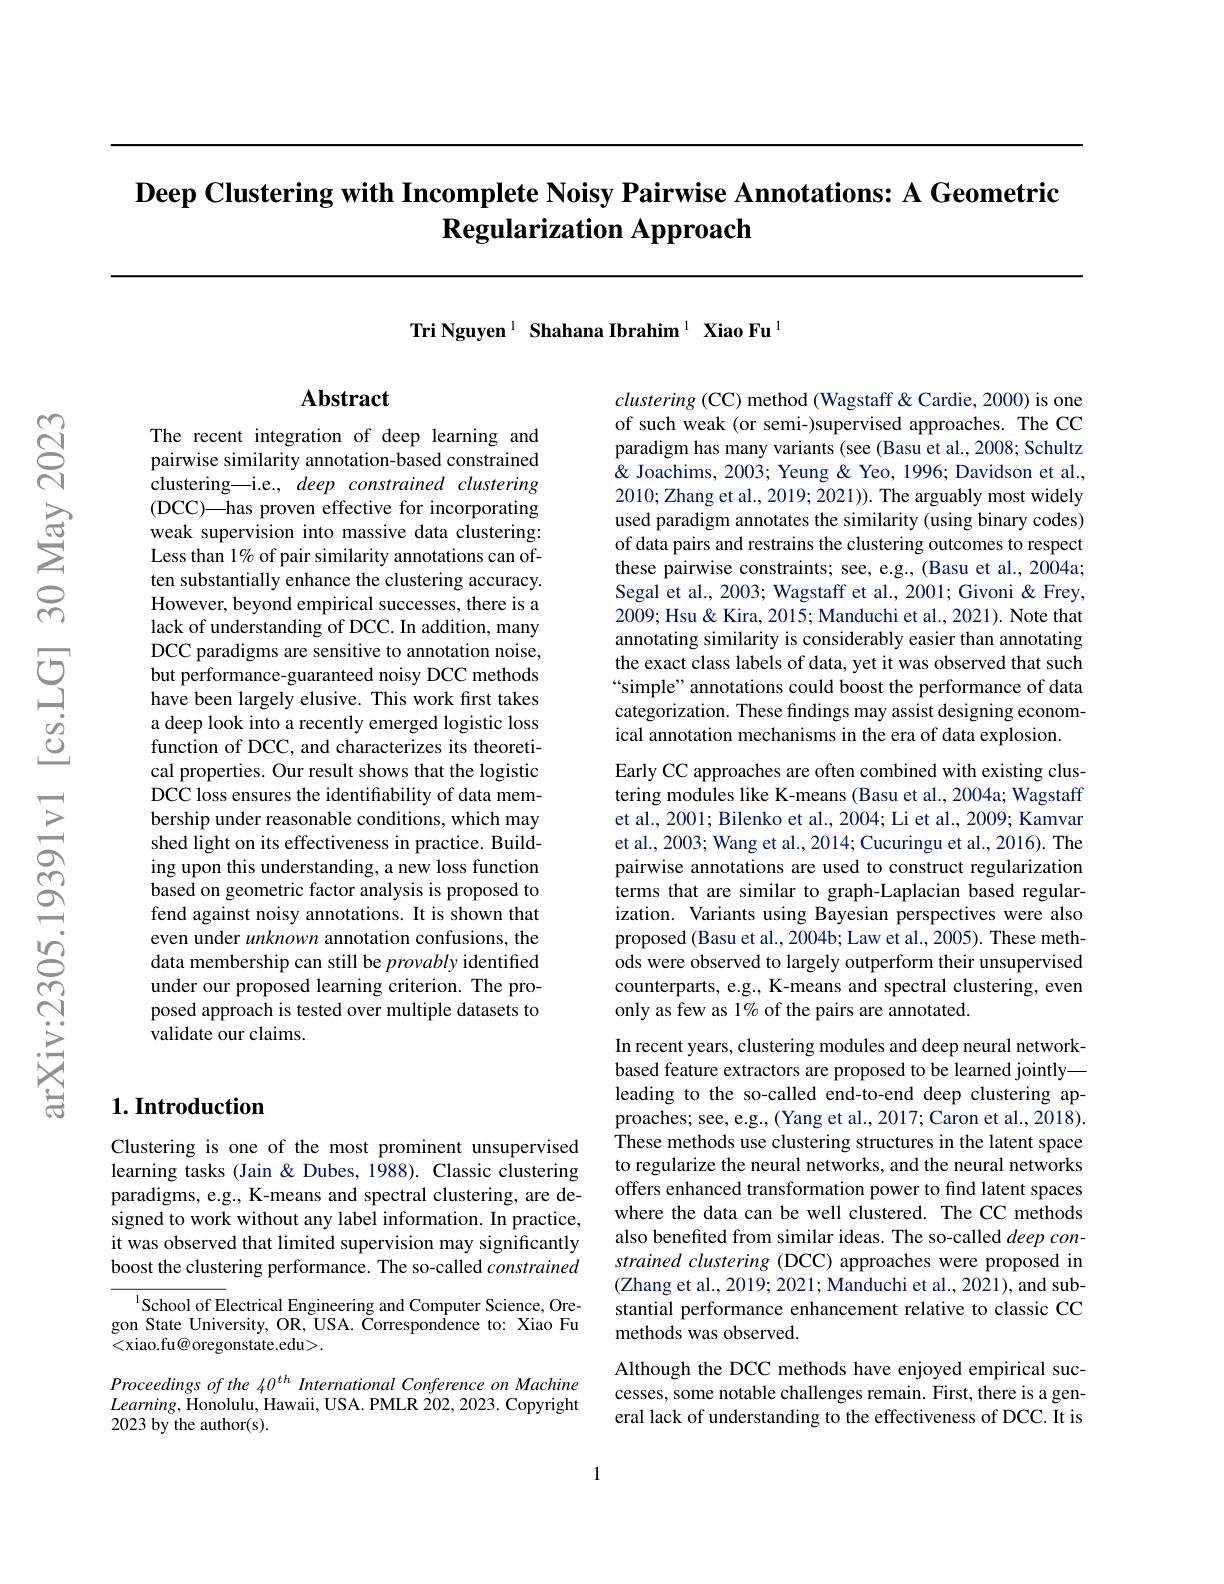
# $\textbf{Deep Clustering with Incomplete Noisy Pairwise Annotations: A Geometric}$ $\textbf{Regularization Approach}$

Tri Nguyen $^{1}\textbf{ Shahana Ibrahim}^{1}\textbf{ Xiao Fu}^{1}$

## Abstract

The recent integration of deep learning and pairwise similarity annotation-based constrained clustering—i.e., deep constrained clustering (DCC)—has proven effective for incorporating weak supervision into massive data clustering: Less than 1% of pair similarity annotations can often substantially enhance the clustering accuracy. However, beyond empirical successes, there is a lack of understanding of DCC. In addition, many DCC paradigms are sensitive to annotation noise, but performance-guaranteed noisy DCC methods have been largely elusive. This work first takes a deep look into a recently emerged logistic loss function of DCC, and characterizes its theoretical properties. Our result shows that the logistic DCC loss ensures the identifiability of data membership under reasonable conditions, which may shed light on its effectiveness in practice. Building upon this understanding, a new loss function based on geometric factor analysis is proposed to fend against noisy annotations. It is shown that even under unknown annotation confusions, the data membership can still be provably identified under our proposed learning criterion. The proposed approach is tested over multiple datasets to validate our claims.

## $1. \textbf{Introduction}$

Clustering is one of the most prominent unsupervised learning tasks (Jain & Dubes, 1988). Classic clustering paradigms, e.g., K-means and spectral clustering, are designed to work without any label information. In practice, it was observed that limited supervision may significantly boost the clustering performance. The so-called constrained

$^{\mathrm{l}}$School of Electrical Engineering and Computer Science, Oregon State University, OR, USA. Čorrespondence to: Xiao Fu <xiao.fu@ oregonstate.edu>.

Proceedings of the 40$^{th}$ International Conference on Machine $Learning$,Honolulu, Hawaii, USA. PMLR 202, 2023. Copyright 2023 by the author(s).

clustering (CC) method (Wagstaff & Cardie, 2000) is one of such weak (or semi-)supervised approaches. The CC paradigm has many variants (see (Basu et al., 2008; Schultz & Joachims, 2003; Yeung & Yeo, 1996; Davidson et al., 2010; Zhang et al., 2019; 2021)). The arguably most widely used paradigm annotates the similarity (using binary codes) of data pairs and restrains the clustering outcomes to respect these pairwise constraints; see, e.g., (Basu et al., 2004a; Segal et al., 2003; Wagstaff et al., 2001; Givoni & Frey, 2009; Hsu & Kira, 2015; Manduchi et al., 2021). Note that annotating similarity is considerably easier than annotating the exact class labels of data, yet it was observed that such “simple” annotations could boost the performance of data categorization. These findings may assist designing economical annotation mechanisms in the era of data explosion.

Early CC approaches are often combined with existing clustering modules like K-means (Basu et al., 2004a; Wagstaff et al., 2001; Bilenko et al., 2004; Li et al., 2009; Kamvar et al., 2003; Wang et al., 2014; Cucuringu et al., 2016). The pairwise annotations are used to construct regularization terms that are similar to graph-Laplacian based regularization. Variants using Bayesian perspectives were also proposed (Basu et al., 2004b; Law et al., 2005). These methods were observed to largely outperform their unsupervised counterparts, e.g., K-means and spectral clustering, even only as few as 1% of the pairs are annotated.
In recent years, clustering modules and deep neural networkbased feature extractors are proposed to be learned jointly— leading to the so-called end-to-end deep clustering approaches; see, e.g., (Yang et al., 2017; Caron et al., 2018). These methods use clustering structures in the latent space to regularize the neural networks, and the neural networks offers enhanced transformation power to find latent spaces where the data can be well clustered. The CC methods also benefited from similar ideas. The so-called $deepcon-$ strained clustering (DCC) approaches were proposed in (Zhang et al., 2019; 2021; Manduchi et al., 2021), and substantial performance enhancement relative to classic CC methods was observed.
Although the DCC methods have enjoyed empirical successes, some notable challenges remain. First, there is a general lack of understanding to the effectiveness of DCC. It is

1